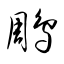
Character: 鵰